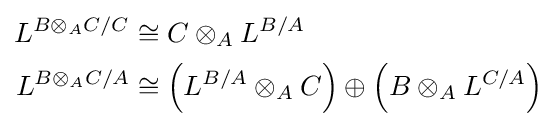
{\begin{aligned}L^{B\otimes _{A}C/C}&\cong C\otimes _{A}L^{B/A}\\L^{B\otimes _{A}C/A}&\cong \left(L^{B/A}\otimes _{A}C\right)\oplus \left(B\otimes _{A}L^{C/A}\right)\end{aligned}}